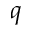
q